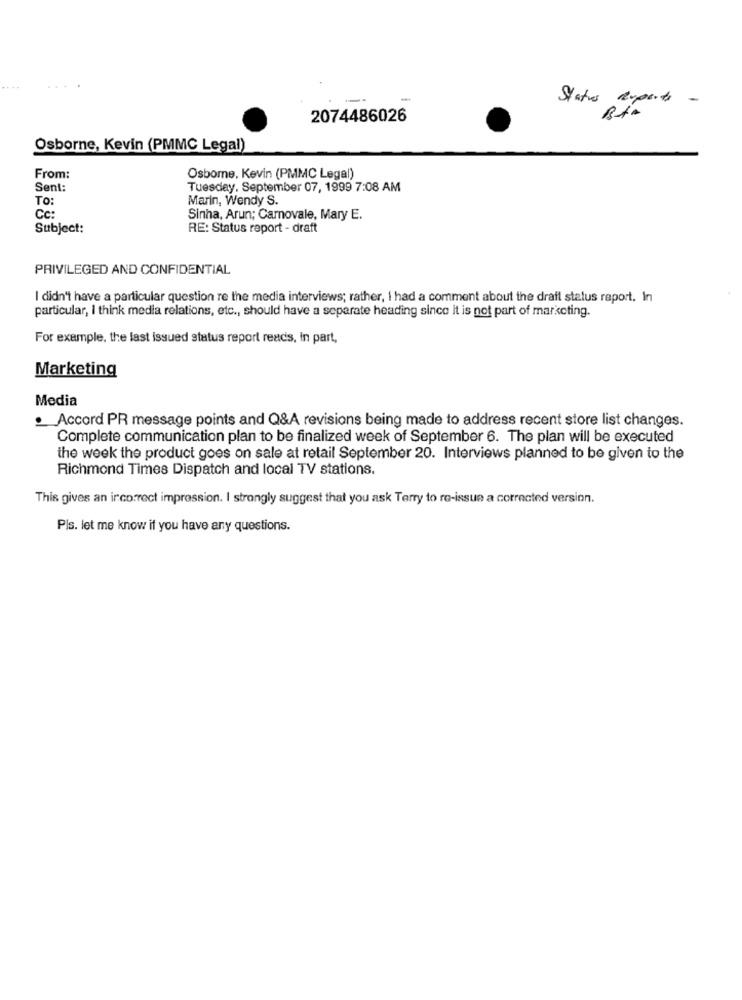
Status Ruperts -
2074486026
Osborne, Kevin (PMMC Legal)
From:
Osbome. Kevin (PMMC Legal)
Sent:
Tuesday, September 07, 1999 7:08 AM
TO:
Marin, Wendy S.
Cc:
Sinha, Arun; Carnovale, Mary E.
Subject:
RE: Status report - draft
PRIVILEGED AND CONFIDENTIAL
I didn't have a particular question re the media interviews; rather, I had a comment about the draft status report. In
particular, I think media relations, etc ., should have a separate heading since it is not part of marketing.
For example, the last issued status report reads, In part,
Marketing
Media
Accord PR message points and Q&A revisions being made to address recent store list changes.
Complete communication plan to be finalized week of September 6. The plan will be executed
the week the product goes on sale at retail September 20. Interviews planned to be given to the
Richmond Times Dispatch and local TV stations.
This gives an incorrect impression. I strongly suggest that you ask Terry to re-issue a corrected version.
Pls. let me know if you have any questions.